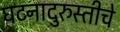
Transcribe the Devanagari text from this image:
घटनादुरुस्तीचे